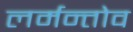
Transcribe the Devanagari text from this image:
लर्मन्तोव